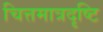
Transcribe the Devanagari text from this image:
चित्तमात्रदृष्टि